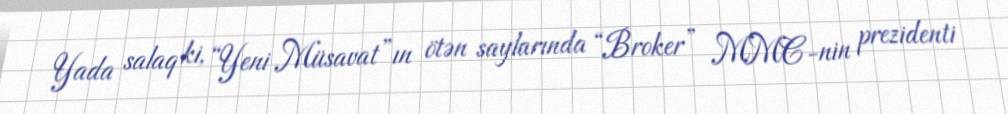
Yada salaq ki, “Yeni Müsavat”ın ötən saylarında “Broker” MMC-nin prezidenti